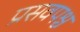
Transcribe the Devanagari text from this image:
प्रसवपश्च